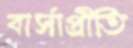
বার্সাপ্রীতি